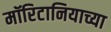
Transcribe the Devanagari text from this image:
मॉरिटानियाच्या